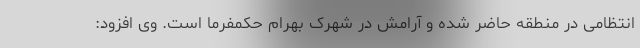
انتظامی در منطقه حاضر شده و آرامش در شهرک بهرام حکمفرما است. وی افزود: